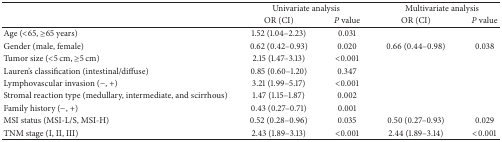
|  | <COLSPAN=2> Univariate analysis | <COLSPAN=2> Multivariate analysis |
 |  | OR (CI) | P value | OR (CI) | P value |
 | --- | --- | --- | --- | --- |
 | Age (<65, ≥65 years) | 1.52 (1.04–2.23) | 0.031 |  |  |
 | Gender (male, female) | 0.62 (0.42–0.93) | 0.020 | 0.66 (0.44–0.98) | 0.038 |
 | Tumor size (<5 cm, ≥5 cm) | 2.15 (1.47–3.13) | <0.001 |  |  |
 | Lauren's classification (intestinal/diffuse) | 0.85 (0.60–1.20) | 0.347 |  |  |
 | Lymphovascular invasion (−, +) | 3.21 (1.99–5.17) | <0.001 |  |  |
 | Stromal reaction type (medullary, intermediate, and scirrhous) | 1.47 (1.15–1.87) | 0.002 |  |  |
 | Family history (−, +) | 0.43 (0.27–0.71) | 0.001 |  |  |
 | MSI status (MSI-L/S, MSI-H) | 0.52 (0.28–0.96) | 0.035 | 0.50 (0.27–0.93) | 0.029 |
 | TNM stage (I, II, III) | 2.43 (1.89–3.13) | <0.001 | 2.44 (1.89–3.14) | <0.001 |